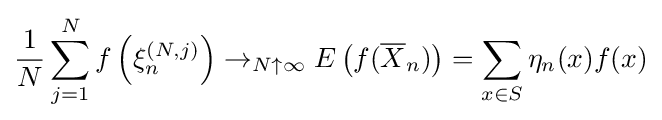
{\frac {1}{N}}\sum _{j=1}^{N}f\left(\xi _{n}^{(N,j)}\right)\to _{N\uparrow \infty }E\left(f({\overline {X}}_{n})\right)=\sum _{x\in S}\eta _{n}(x)f(x)